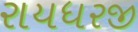
રાયધરજી